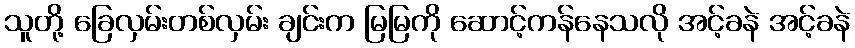
သူတို့ ခြေလှမ်းတစ်လှမ်း ချင်းက မြမြကို ဆောင့်ကန်နေသလို အင့်ခနဲ အင့်ခနဲ